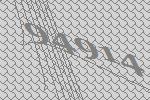
94914